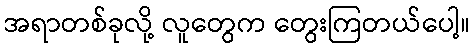
အရာတစ်ခုလို့ လူတွေက တွေးကြတယ်ပေါ့။